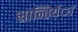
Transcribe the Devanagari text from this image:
भ्रान्तियंा